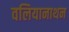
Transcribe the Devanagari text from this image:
वलियानाथन